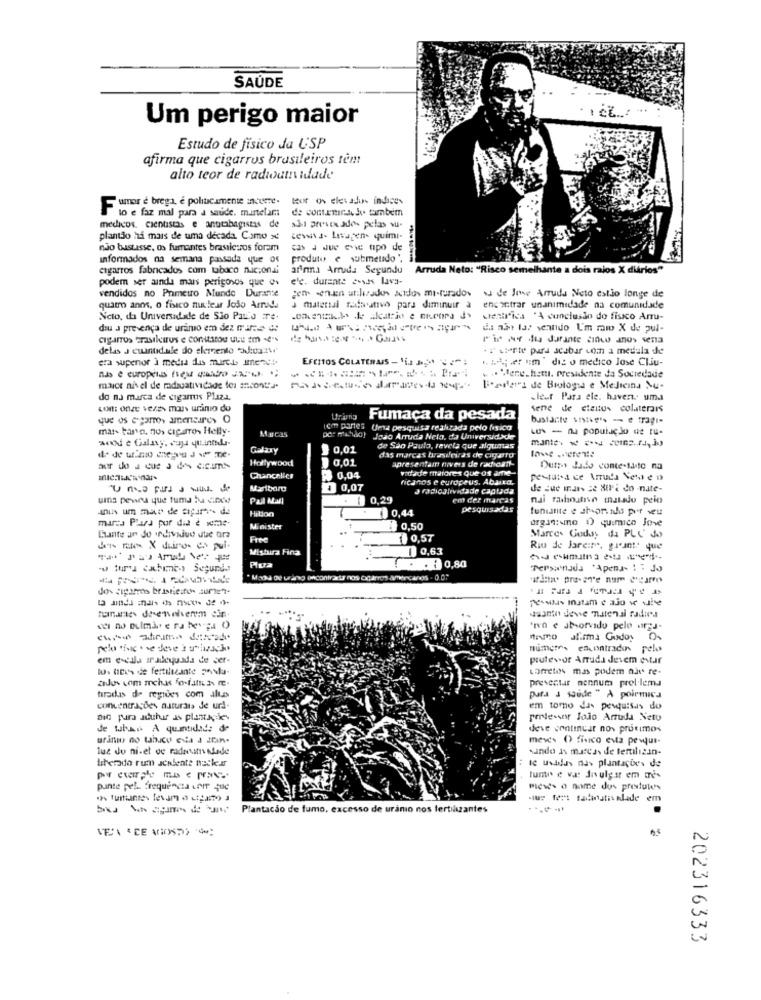
SAÚDE
Um perigo maior
Estudo de físico da USP
afirma que cigarros brasileiros tem
alto teor de radioum idade
Fumar é brega, e politicamente incurre.
Bor ov elevados indices
to e faz mal para a saúde. martelar:
de contemes Ju também
medicos. cientistas e anttabagistas de
sho preves ados pelas vu-
plantão ha mais de uma década. Como se
cewn s. Livegen quimi-
não bastasse, os fumantes brasilceros foram
informados na semana passada que os
produto e submetido ",
cigarros fabricados com tabaco nacional
afinna Arruda Seyundu Arruda Neto: "Risco semelhante a dois ralos X diários"
podem ser ainda mais perigosos que os
e'e. durante essas lava-
vendidos no Primeiro Munde Durante
zen senten utilizados acidos mi-turados
de Jone Arruda Neto cotão longe de
quatro anos, o fisico nuclear Jodo Arruda
material radostivo para diminuir à encontrar unanimidade na comunidade
Neto, da Universidade de Sio Pai'd ire.
stanirica "A conclusão do fisico Arru-
dou a presença de uranio em dez mirce
dis ain las sentido U'm mio X de pul-
cigarros Frasikirus e constatou uuu zm -es
ris me do durante cinco anos sena
delas J cuantidule do elemento 3:0a:
.P vierte para acabar com a medula de
era supenor i media das marche mene4.
Efeitos COLATERAIS - Vi
wie;er um"diz o medico Jose Cliu-
... Mene.hattı. presidente da Sociedade
maice nivel de radsuatividade los ancontra"
Eorders de Biologia e Medicina Nu-
do na marca de cigarus Plaza.
.lest Para ele. haven. uma
com: onze vezes maus uranio do
sene de eteitus colaterais
que os cigarro, amencure, O
Fumaça da pesada
mat- basso, nos cigarro- Helly-
Marcas
iem partes Uma pesquisa realizada pelo fisica
LO - na população de tu-
por middot João Arruda Nela, da Universidade
manter w cond comprido
Galaxy
0,01
de Sao Paulo, revela que algumas
Hollywood
0,01
das marcas brasdevas de cigarro
apresentam nivers de radioant-
vidade maiores Que os ame-
Outros Jado conte-tato na
Chancalice
₩ 0,04
ricanos e europeus. Abaixa,
pestut-a de Arruda Nel e o
Marlboro
1 0,07
radioatividade captada
de sue indas ze XIIE do -nate-
una pewru que tuma lu cindo
Pal Nall
0,29
em det marcas
nai rahsoutien matado peio
anth um man de algures da
1 0,44
pesquisadas
funiante e shortido por weu
marca Plura por did é weme-
Minister
..
0,50
Chante an do diviud due tra
Free
1 0,57
Marces Godoy da PLC' Jo
des ras X duro. es pui.
Mistira Fina
0,63
Riu de Jareine, grant: que
. . : 0,80
Personada 'Apena- 1: Jo
"Mada De urang Bincontradiz nos ogarros americanos . 0.0.
dos cigarros bristiein aurier-
"etwas Inatam e ajo se ule
manantes deenvolverm cin
'in e absorvido pelo argu-
chin aframe daniade
nemo allima Godoy Os
numers encontrados pelos
em escala iradequada de ser-
prutevor Arruda devem estar
los tex's de fertilizante poslu-
Loreto mas podem nav re-
presentar mennuma prol.lema
turadas de regioes com altas
pura J soude " À poirmica
concentrações naturais de urd-
em tomo das pesquisas do
dic pura aduher as plantagie.
professor Jojo Arruda Netu
de wuhan A quantidade de
deve continuar nos próximos
urina do tabaco eva d Zon-
meses O fisico evta pevjus-
luc du niet de radnun Made
sando as marcas de tertilizan-
liberado rum senbente naskar
te Usadas na> plantações de
June e va divulgar em mes
punte pela frequencia com que
meses o nome dus prestutes
bra Ma agora de una Plantacão de fumo, excesso de uranio nos fertilizantes
VEA ' DE AGOSTO
202316333